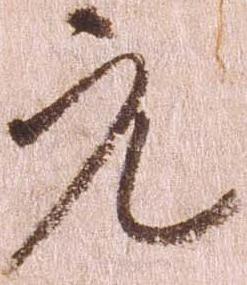
元